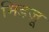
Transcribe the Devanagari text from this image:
मिडज़ू